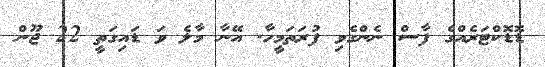
ޑޮޑޮކްޓަރެއްގެ ފާސް ނެންގެވި ފުރަތަމީހާ. އޭނާ މާލެ ވަ ޑައިގަތީ 22 ޖޫން